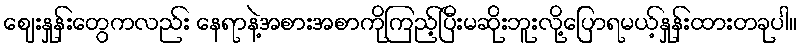
ဈေးနှုန်းတွေကလည်း နေရာနဲ့အစားအစာကိုကြည့်ပြီးမဆိုးဘူးလို့ပြောရမယ့်နှုန်းထားတခုပါ။